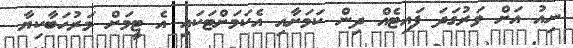
ނިއު އަށް ވަރުގަދަ ފައިޓެއް ދިން ކަމަށާއި އެކަމަށްޓަކައި އެ ޓީމަށް މަރުހަބާކިޔާ